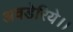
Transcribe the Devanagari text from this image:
अवडेरिये।।